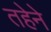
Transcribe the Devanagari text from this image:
तहेने